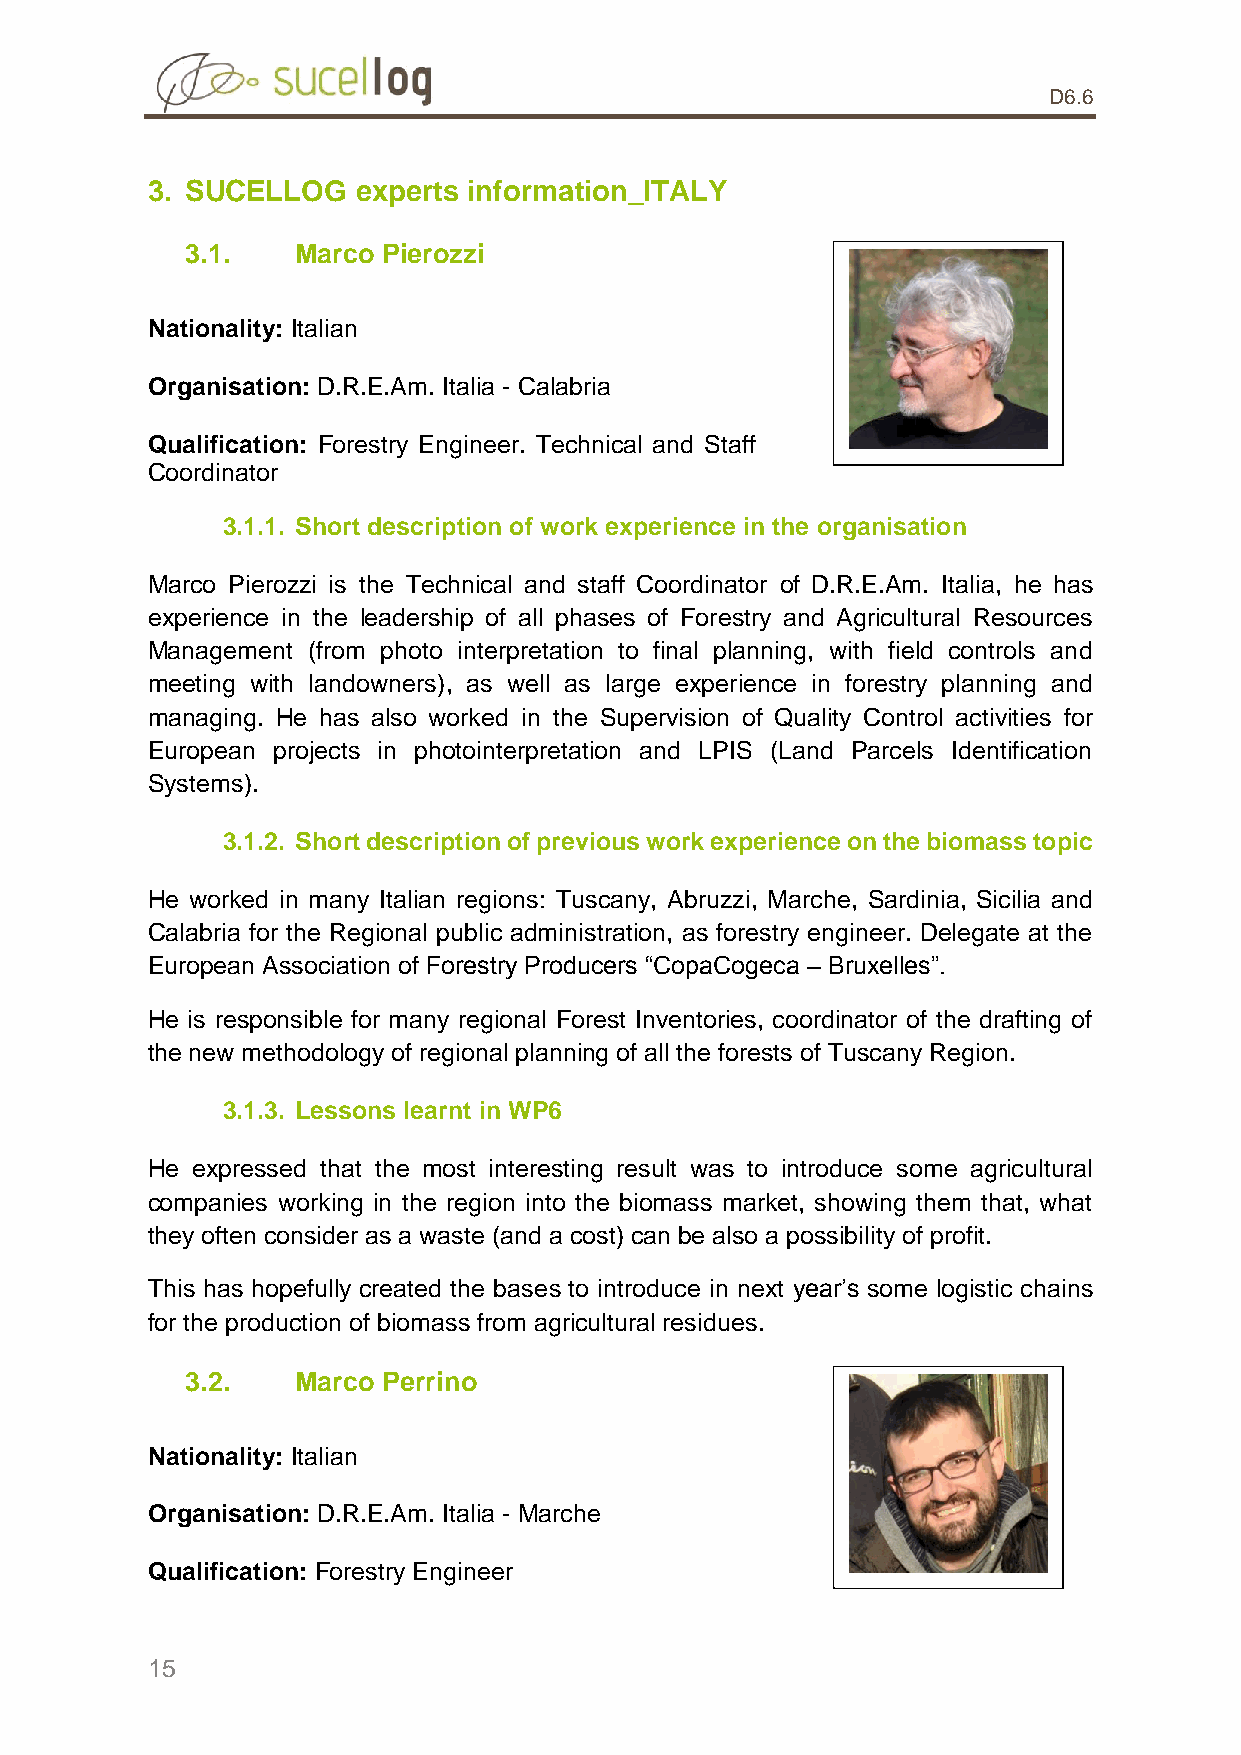
D6.6
 3. SUCELLOG   experts information_ITALY
 3.1.    Marco Pierozzi
 Nationality: Italian
 Organisation: D.R.E.Am. Italia - Calabria
 Qualification: Forestry Engineer. Technical and Staff
 Coordinator
 3.1.1. Short description of work experience in the organisation
 Marco Pierozzi is the Technical and staff Coordinator of D.R.E.Am. Italia, he has
 experience in the leadership of all phases of Forestry and Agricultural Resources
 Management (from photo interpretation to final planning, with field controls and
 meeting with landowners), as well as large experience in forestry planning and
 managing. He has also worked in the Supervision of Quality Control activities for
 European projects in photointerpretation and LPIS (Land Parcels Identification
 Systems).
 3.1.2. Short description of previous work experience on the biomass topic
 He worked in many Italian regions: Tuscany, Abruzzi, Marche, Sardinia, Sicilia and
 Calabria for the Regional public administration, as forestry engineer. Delegate at the
 European Association of Forestry Producers “CopaCogeca – Bruxelles”.
 He is responsible for many regional Forest Inventories, coordinator of the drafting of
 the new methodology of regional planning of all the forests of Tuscany Region.
 3.1.3. Lessons learnt in WP6
 He expressed that the most interesting result was to introduce some agricultural
 companies working in the region into the biomass market, showing them that, what
 they often consider as a waste (and a cost) can be also a possibility of profit.
 This has hopefully created the bases to introduce in next year’s some logistic chains
 for the production of biomass from agricultural residues.
 3.2.    Marco Perrino
 Nationality: Italian
 Organisation: D.R.E.Am. Italia - Marche
 Qualification: Forestry Engineer
 15